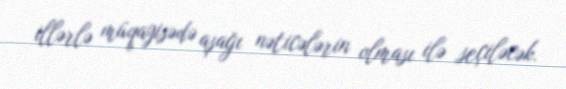
illərlə müqayisədə aşağı nəticələrin olması ilə seçiləcək.